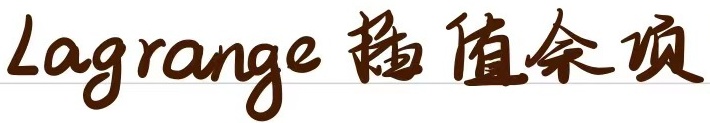
Lagrange 插值余项